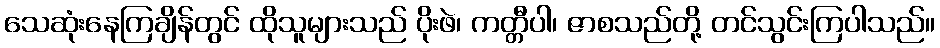
သေဆုံးနေကြချိန်တွင် ထိုသူများသည် ပိုးဖဲ၊ ကတ္တီပါ၊ ဇာစသည်တို့ တင်သွင်းကြပါသည်။